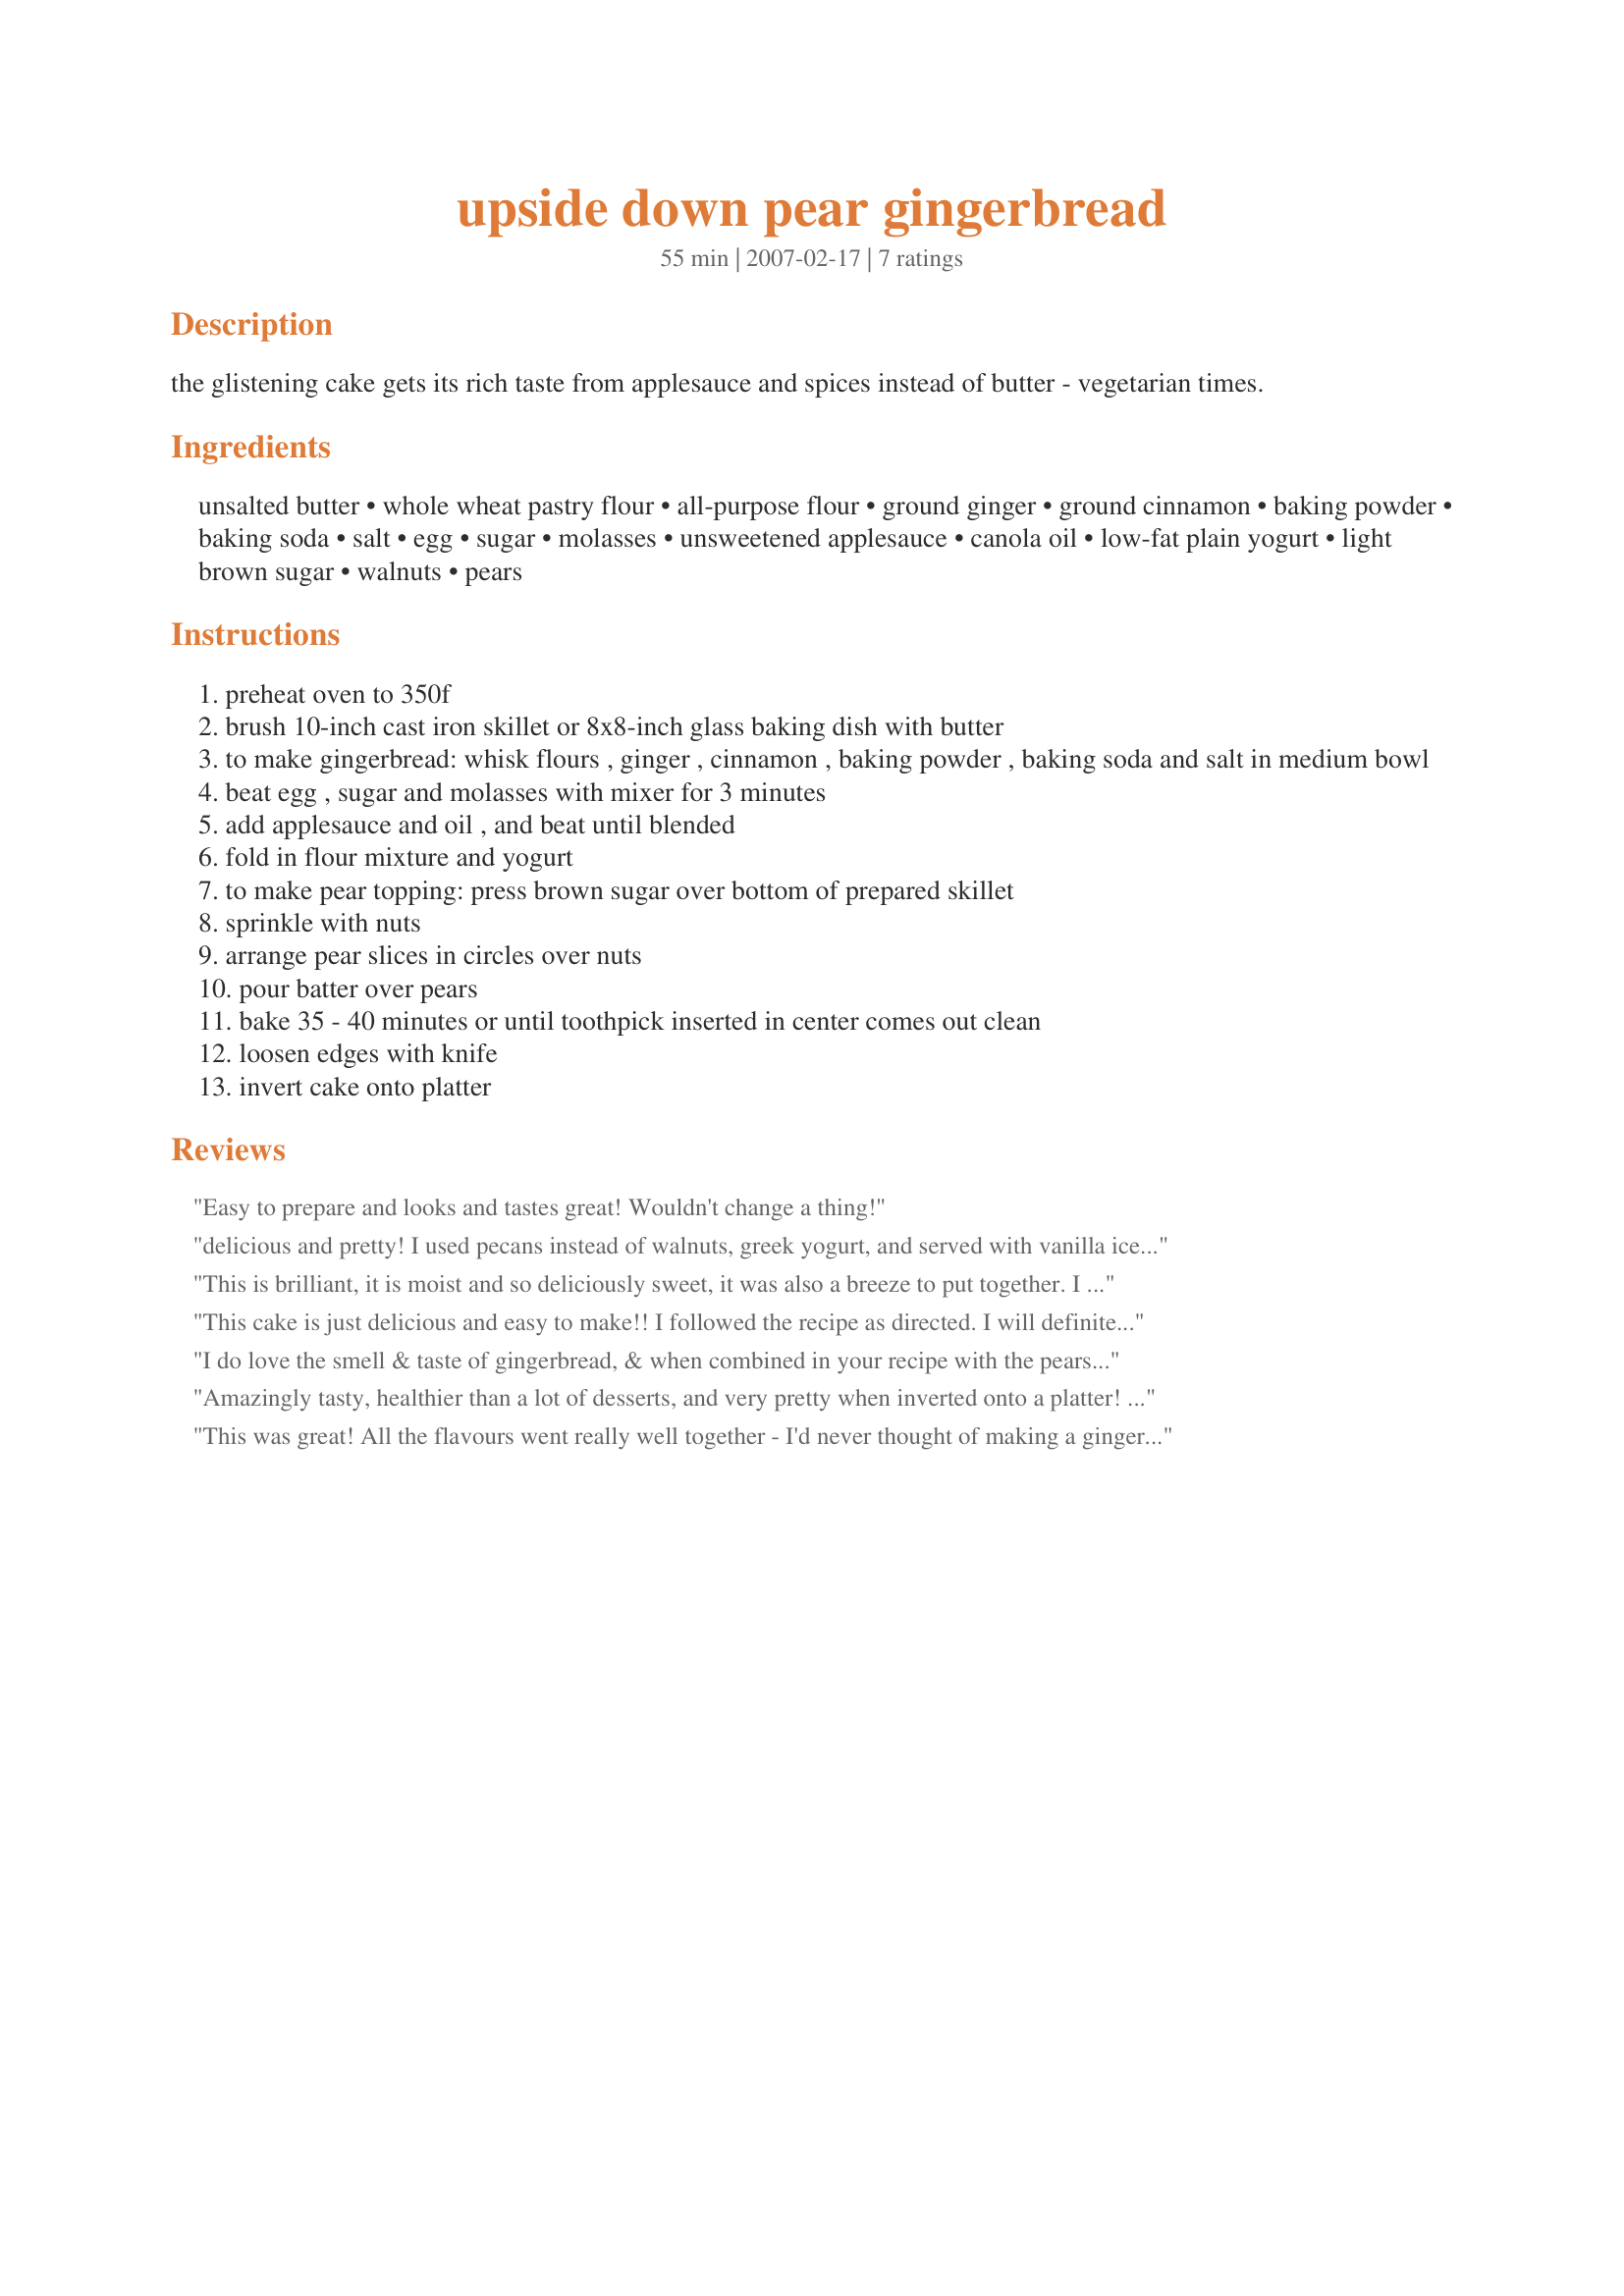
upside down pear gingerbread
Preparation time: 55 minutes

the glistening cake gets its rich taste from applesauce and spices instead of butter - vegetarian times.

Ingredients:
unsalted butter, whole wheat pastry flour, all-purpose flour, ground ginger, ground cinnamon, baking powder, baking soda, salt, egg, sugar, molasses, unsweetened applesauce, canola oil, low-fat plain yogurt, light brown sugar, walnuts, pears

Steps:
preheat oven to 350f
brush 10-inch cast iron skillet or 8x8-inch glass baking dish with butter
to make gingerbread: whisk flours , ginger , cinnamon , baking powder , baking soda and salt in medium bowl
beat egg , sugar and molasses with mixer for 3 minutes
add applesauce and oil , and beat until blended
fold in flour mixture and yogurt
to make pear topping: press brown sugar over bottom of prepared skillet
sprinkle with nuts
arrange pear slices in circles over nuts
pour batter over pears
bake 35 - 40 minutes or until toothpick inserted in center comes out clean
loosen edges with knife
invert cake onto platter

Reviews:
Easy to prepare and looks and tastes great! Wouldn't change a thing!
delicious and pretty! I used pecans instead of walnuts, greek yogurt, and served with vanilla ice cream
This is brilliant, it is moist and so deliciously sweet, it was also a breeze to put together. I made this for work and 7 people are thanking you very much for posting this recipe, everyone loves it. A definite keeper.
This cake is just delicious and easy to make!! I followed the recipe as directed. I will definitely make this again!
I do love the smell & taste of gingerbread, & when combined in your recipe with the pears, it's absolutely wonderful, & although I have it added to my holiday cookbook, I plan on making this several times throughout the year! A definite keeper of a recipe! Thanks for sharing it! [Made & reviewed in Healthy Choices ABC recipe tag]
Amazingly tasty, healthier than a lot of desserts, and very pretty when inverted onto a platter! My husband and I loved this! The combination of pears and ginger is wonderful! This recipe is a definitely a keeper--thanks so much Skippy!!!
This was great! All the flavours went really well together - I'd never thought of making a gingerbread cake!
